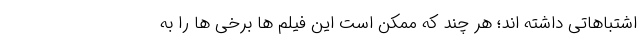
اشتباهاتی داشته اند؛ هر چند که ممکن است این فیلم ها برخی ها را به